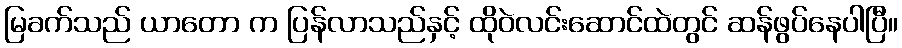
မြခက်သည် ယာတော က ပြန်လာသည်နှင့် ထိုဝဲလင်းဆောင်ထဲတွင် ဆန်ဖွပ်နေပါပြီ။